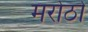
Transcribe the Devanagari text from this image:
मरोठो